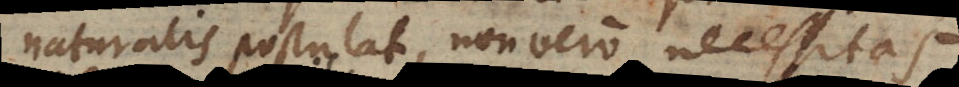
naturalis postulat, non vero necessitas